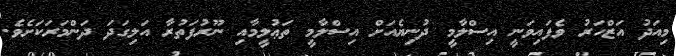
މިއަދު އަޒްހަރު ވެފައިވަނީ އިސްލާމީ ދުނިޔެއަށް އިސްލާމީ ތަޢުލީމާއި ނޫރުފަތުރާ އަލިގަދަ ދަންމަރަކަށެވެ.